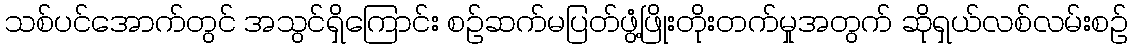
သစ်ပင်အောက်တွင် အသွင်ရှိကြောင်း စဉ်ဆက်မပြတ်ဖွံ့ဖြိုးတိုးတက်မှုအတွက် ဆိုရှယ်လစ်လမ်းစဉ်